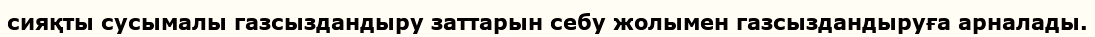
сияқты сусымалы газсыздандыру заттарын себу жолымен газсыздандыруға арналады.